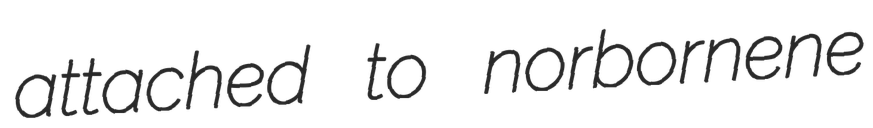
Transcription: attached to norbornene